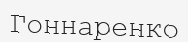
Гоннаренко